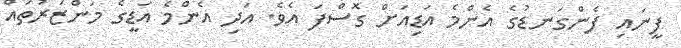
ފީނައި ފެންގަނޑުގެ އެންމެ އަޑިއަށް ގޮސްފަ އެވެ. އަދި އެންމެ އަޑީގެ މަންޒަރުތައް